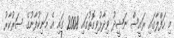
މި ހަފްލާގައި ރައީސް ނަޝީދު ވިދާޅުވިގޮތުގައި 2008 ގައި އެ މަނިކުފާނުގެ ސަރުކާރު